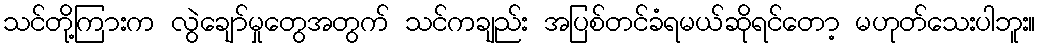
သင်တို့ကြားက လွဲချော်မှုတွေအတွက် သင်ကချည်း အပြစ်တင်ခံရမယ်ဆိုရင်တော့ မဟုတ်သေးပါဘူး။